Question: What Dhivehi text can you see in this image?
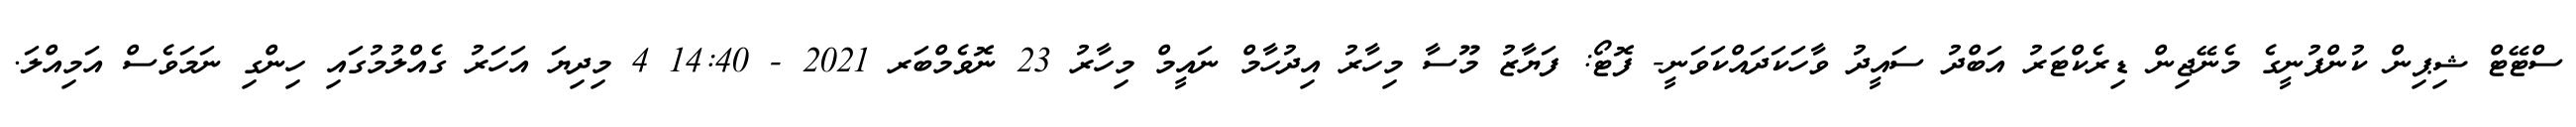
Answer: ސްޓޭޓް ޝިޕިން ކުންފުނީގެ މެނޭޖިން ޑިރެކްޓަރު އަބްދު ސައީދު ވާހަކަދައްކަވަނީ- ފޮޓޯ: ފަޔާޒު މޫސާ މިހާރު އިދުހާމް ނައީމް މިހާރު 23 ނޮވެމްބަރ 2021 - 14:40 4 މިދިޔަ އަހަރު ގެއްލުމުގައި ހިންގި ނަމަވެސް އަމިއްލަ.